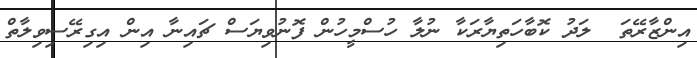
އިންޒާރޭތަ  ލަދު ކޮބާހަތިޔާރަކާ ނުލާ ހުސްމީހުން ފޮނުވިޔަސް ޗައިނާ އިން އިގިރޭސިވިލާތް